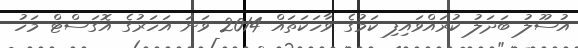
އުސޫލު ބަދަލު ކުރައްވައިފި ކަމުގެ ވާހަކަތައް 2014 ވަނަ އަހަރުގެ އޮގަސްޓް މަހު